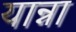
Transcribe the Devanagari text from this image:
यान्ना